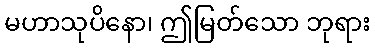
မဟာသုပိနော၊ ဤမြတ်သော ဘုရား